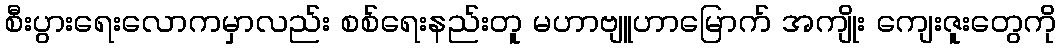
စီးပွားရေးလောကမှာလည်း စစ်ရေးနည်းတူ မဟာဗျူဟာမြောက် အကျိုး ကျေးဇူးတွေကို